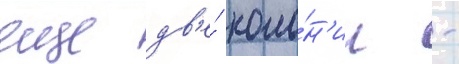
еще дв'е́ коло́н'ии -